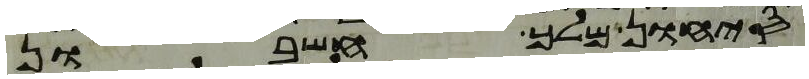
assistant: סיחון מלך חשבון